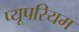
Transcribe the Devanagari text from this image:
प्यूपरियम